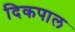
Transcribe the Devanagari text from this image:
दिकपाल